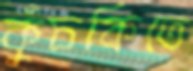
কুঁচকিতে